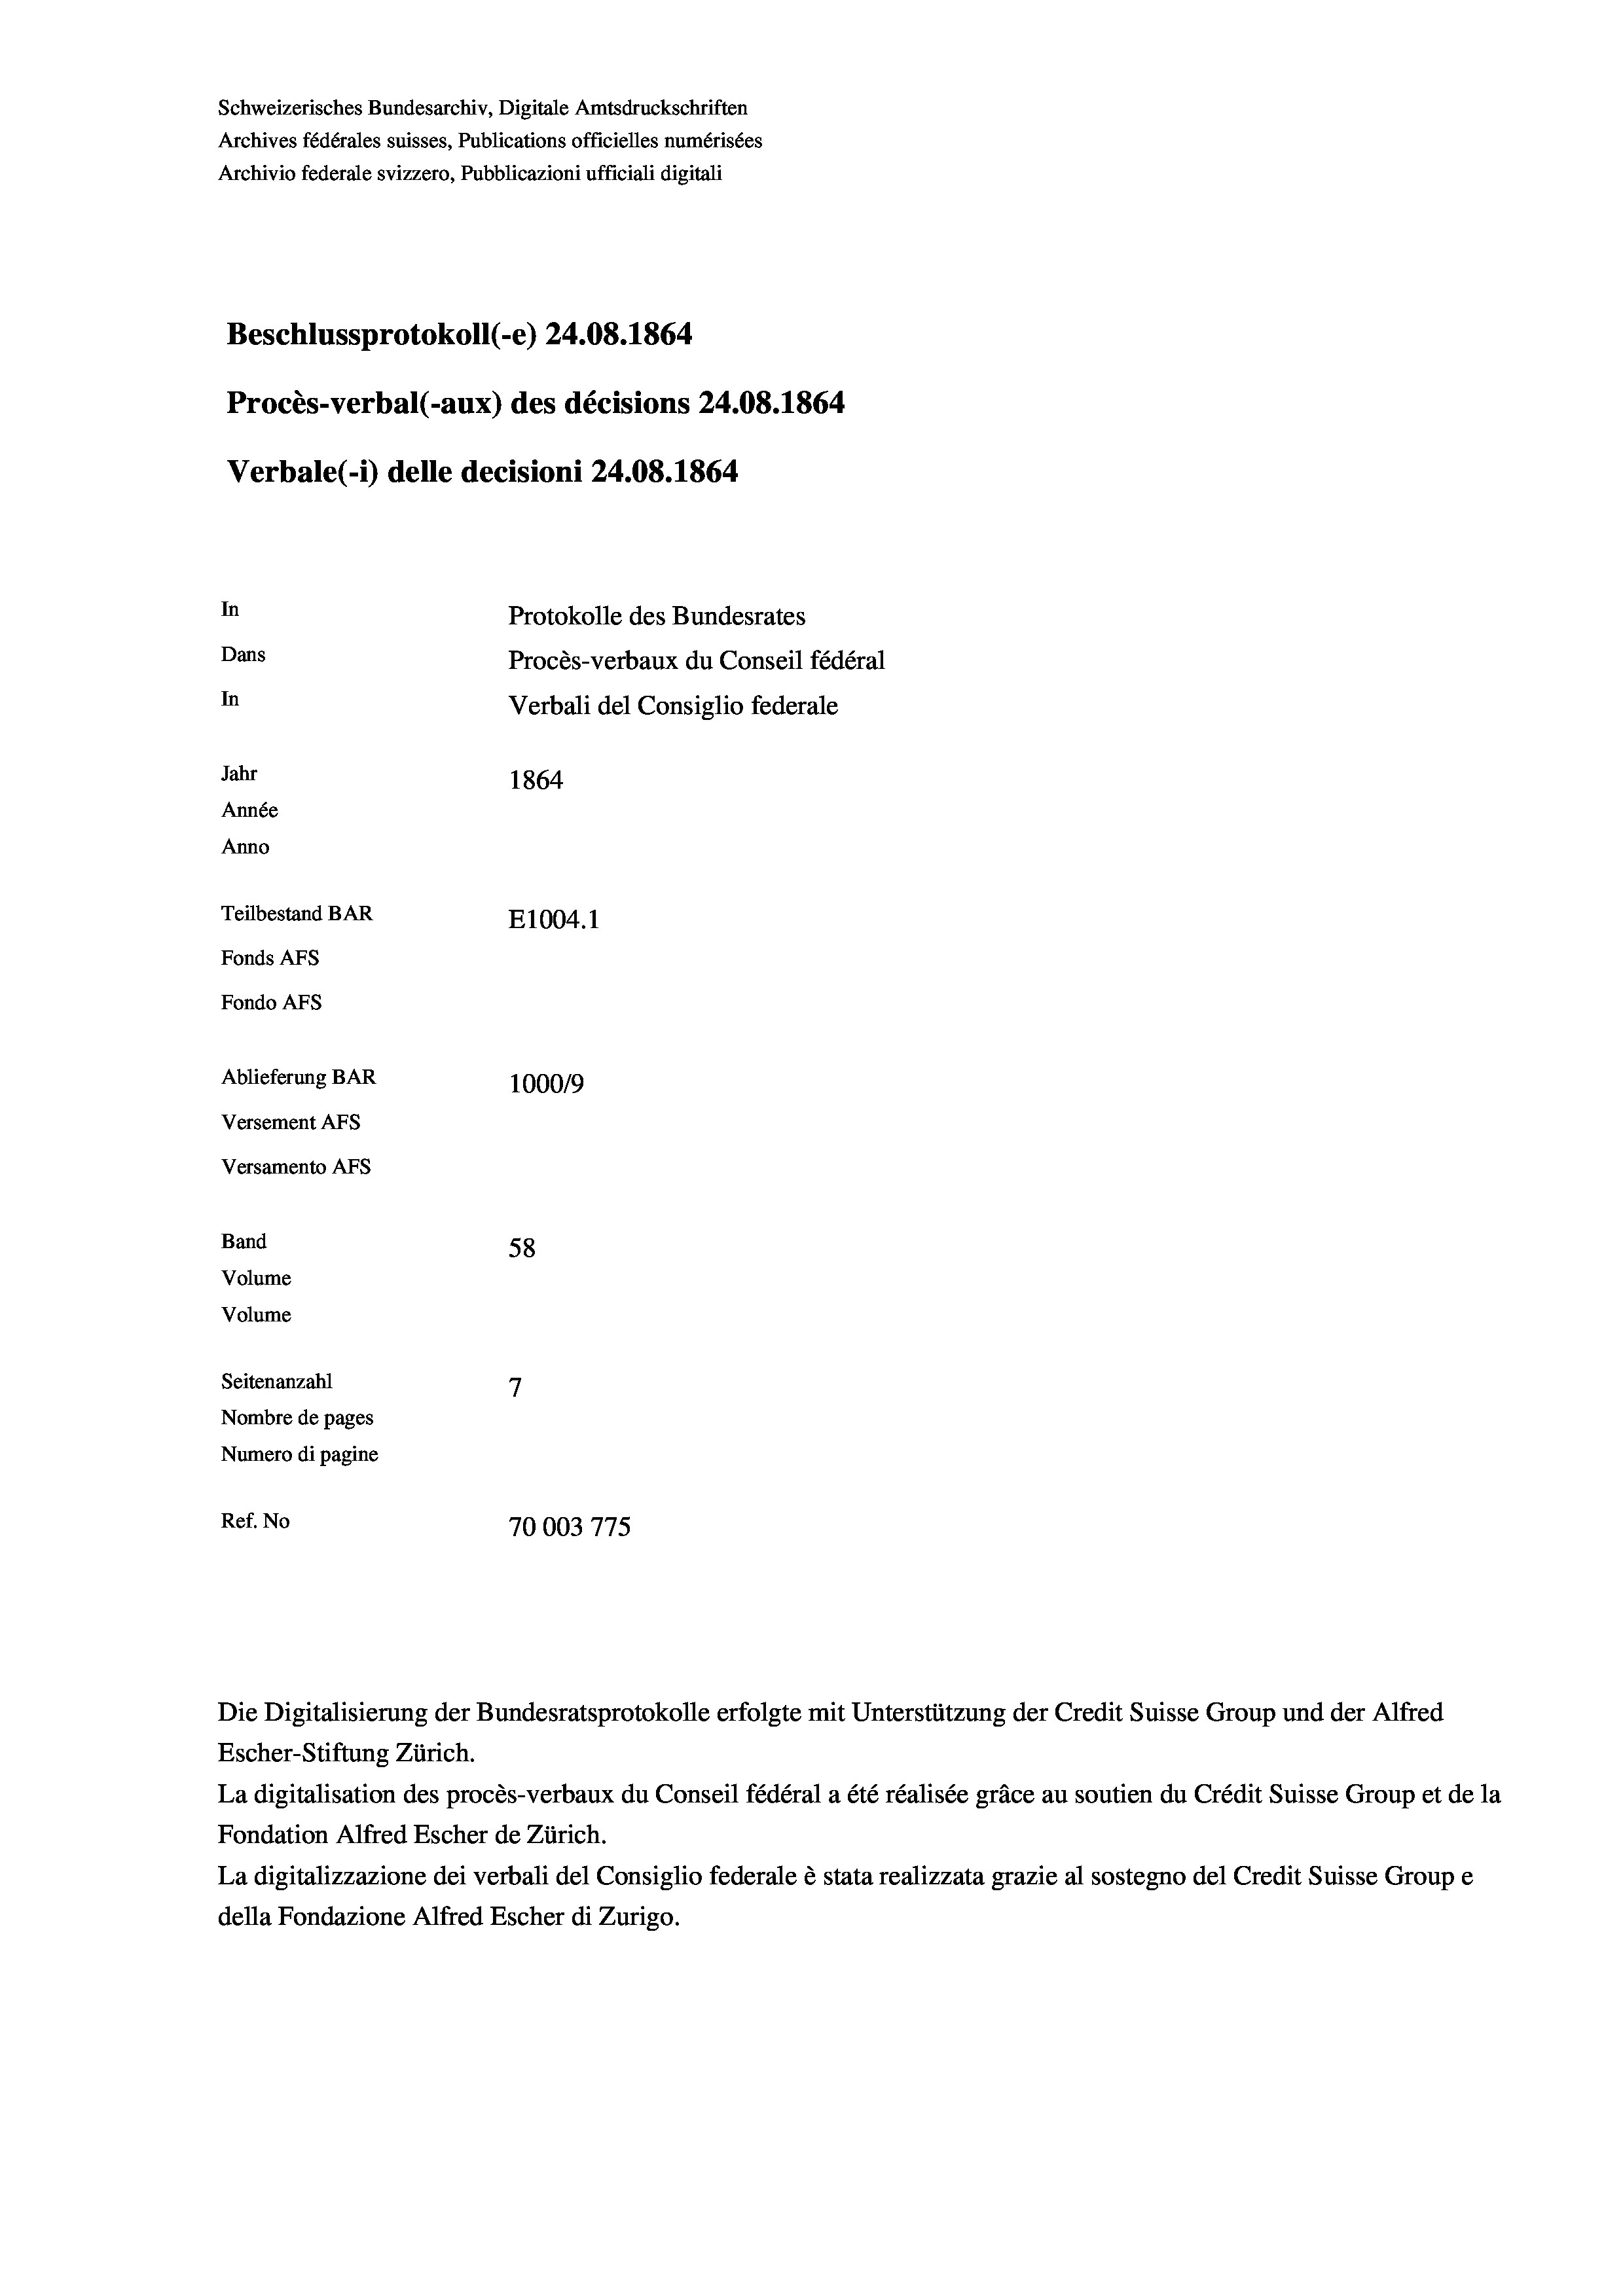
Schweizerisches Bundesarchiv, Digitale Amtsdruckschriften
Archives fédérales suisses, Publications officielles numérisées
Archivio federale svizzero, Pubblicazioni ufficiali digitali
Beschlussprotokoll (-e) 24.08. 1864
Procès-verbal (-aux) des décisions 24.08. 1864
Verbale (i) delle decisioni 24.08. 1864
In
Protokolle des Bundesrates
Dans
Procès-verbaux du Conseil fédéral
In
Verbali del Consiglio federale
Jahr
1864
Année
Anno
Teilbestand BAR
E1004. 1
Fonds Afs
Fondo AFs
Ablieferung BAR
100019
Versement AFs
Versamento Afs

Band
Volume
Volume

Seitenanzahl
Ref. No

58
7
Nombre de pages
Numero di pagine
70003775

Die Digitalisierung der Bundesratsprotokolle erfolgte mit Unterstützung der Credit Suisse Group und der Alfred
Escher-Stiftung Zürich.
La digitalisation des procès-verbaux du Conseil fédéral a été réalisée gräce au soutien du Crédit Suisse Group et de la
Fondation Alfred Escher de Zürich.
La digitalizzazione dei verbali del Consiglio federale è stata realizzata grazie al sostegno del Credit Suisse Groupe
della Fondazione Alfred Escher di Zurigo.